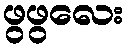
ဖွဖွလေး